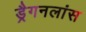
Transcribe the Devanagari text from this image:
ड्रैगनलांस